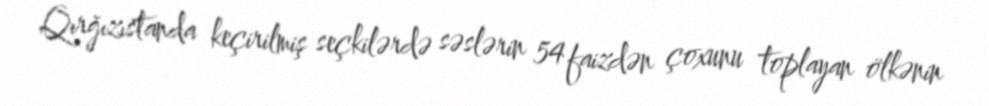
Qırğızıstanda keçirilmiş seçkilərdə səslərin 54 faizdən çoxunu toplayan ölkənin